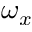
\omega _ { x }